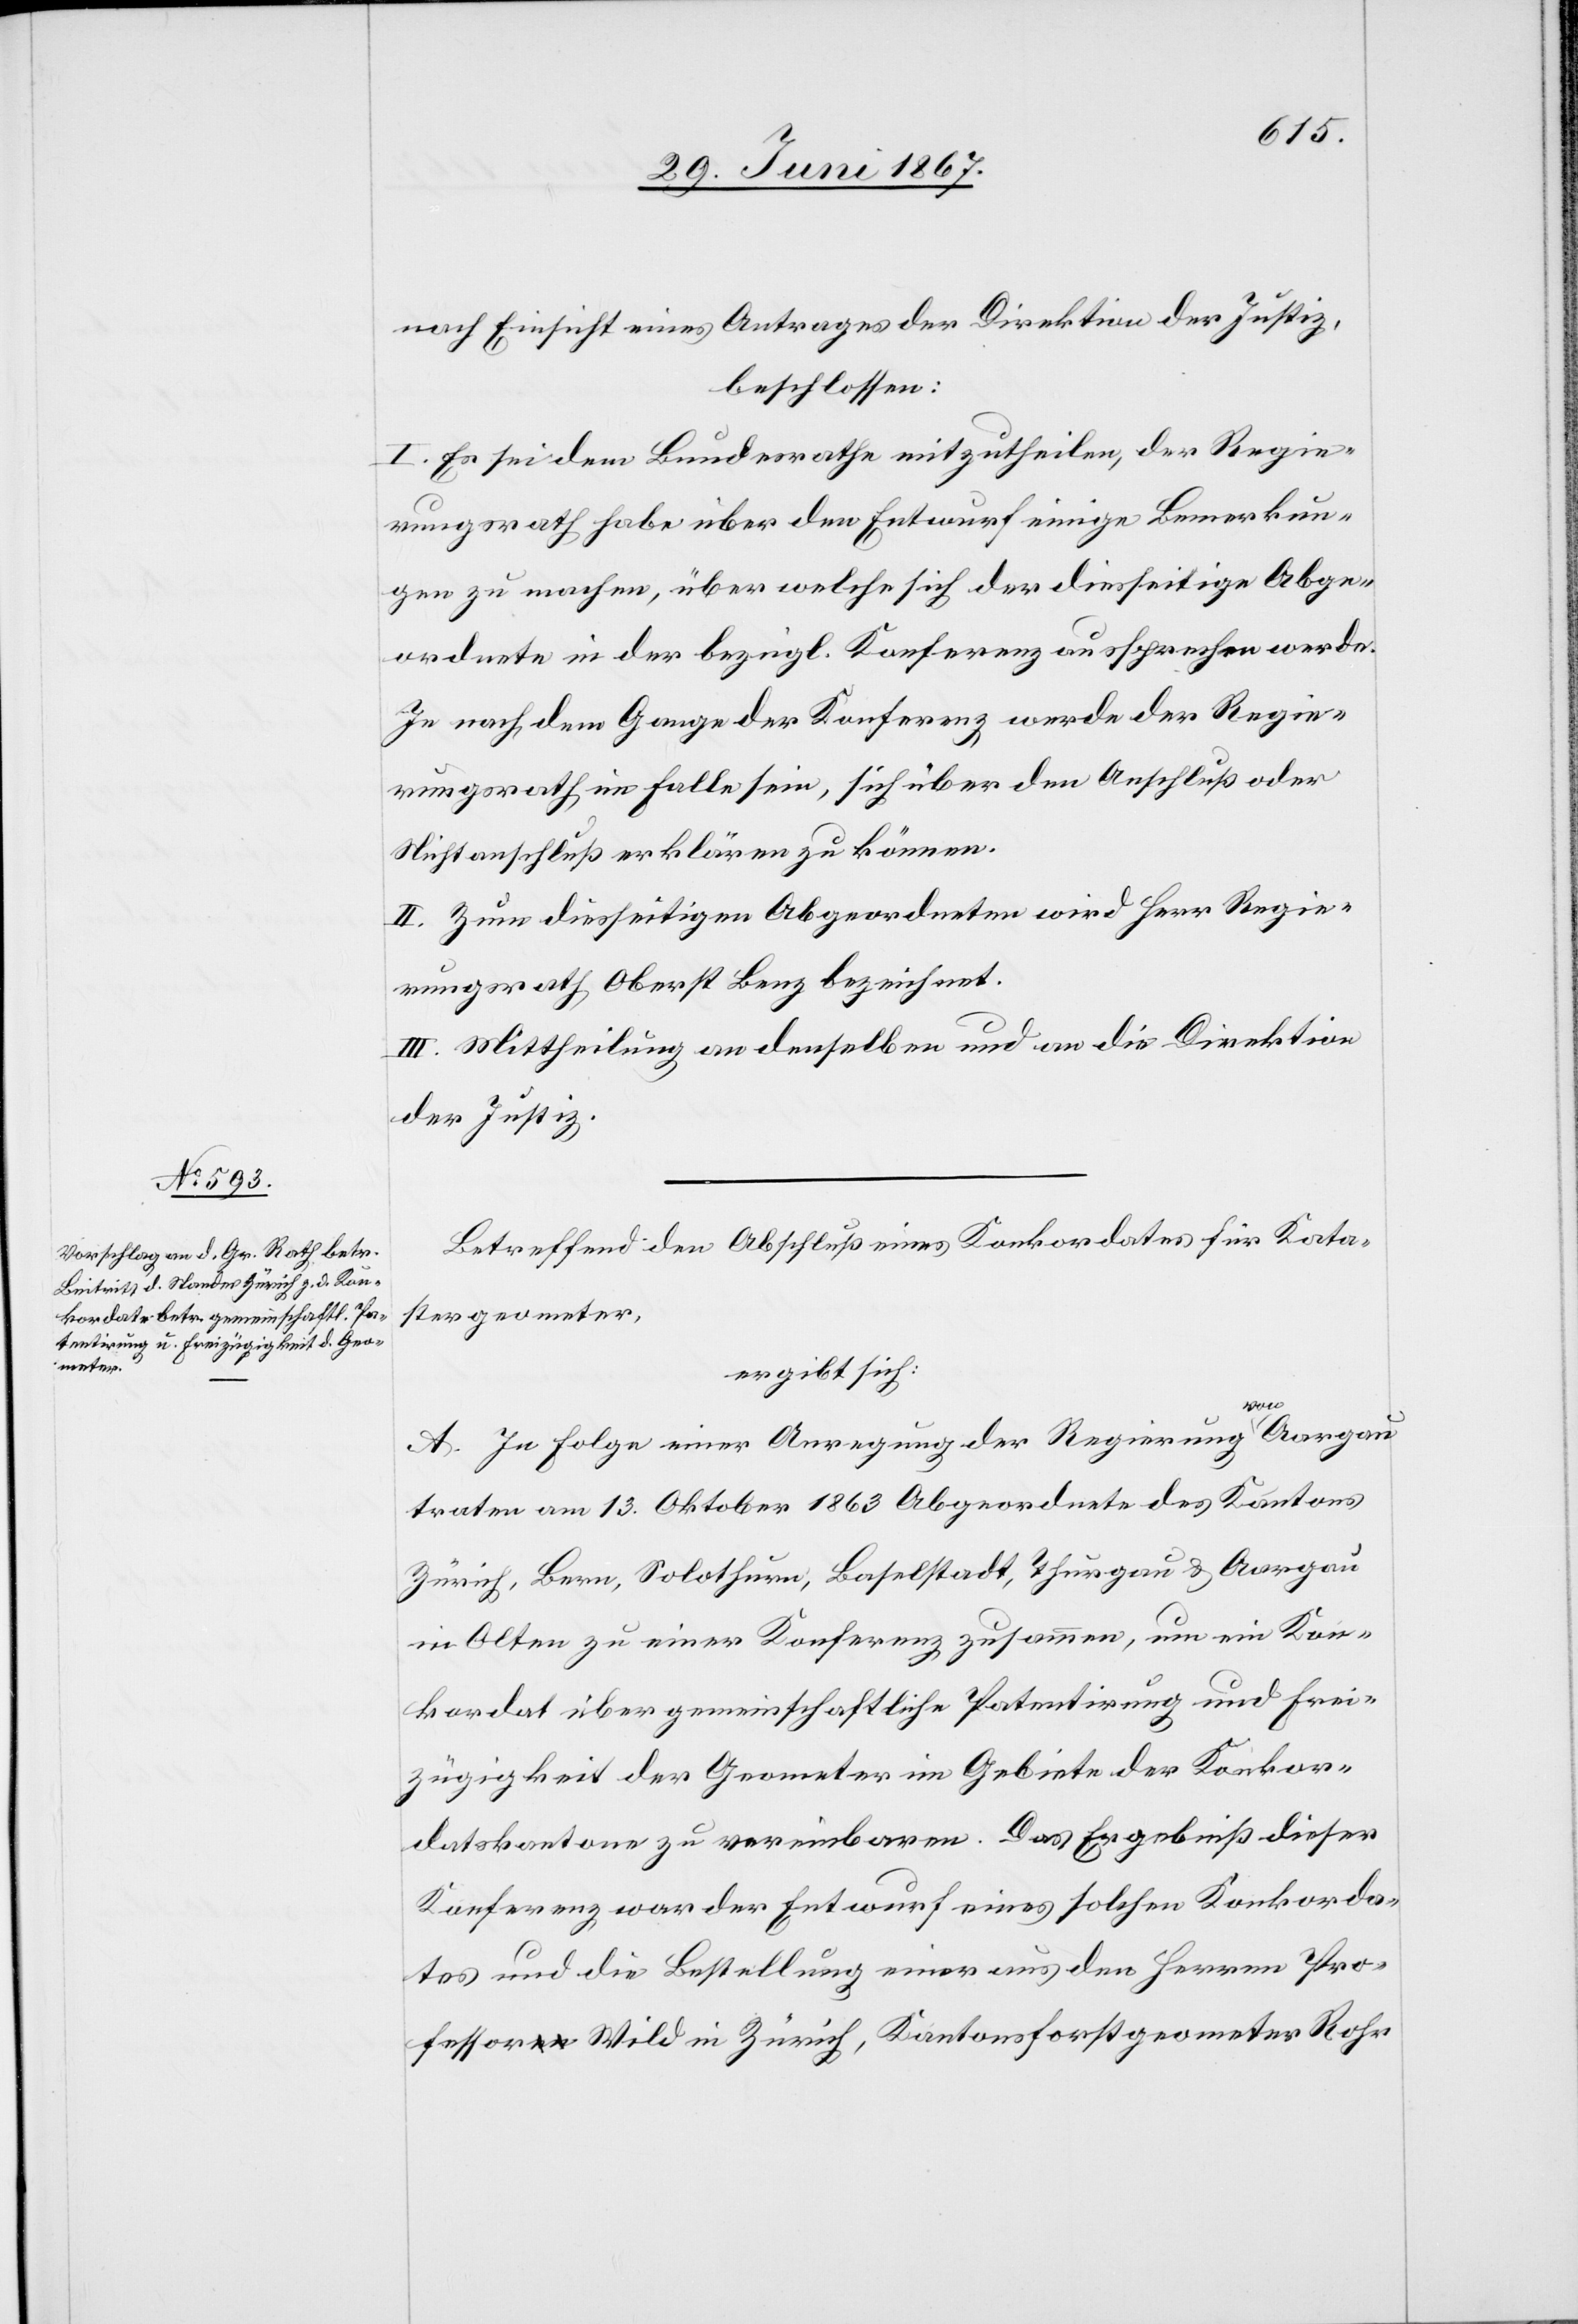
nach Einsicht eines Antrages der Direktion der Justiz,
beschlossen:
I. Es sei dem Bundesrathe mitzutheilen, der Regie¬
rungsrath habe über den Entwurf einige Bemerkun¬
gen zu machen, über welche sich der diesseitige Abge¬
ordnete in der bezügl. Konferenz aussprechen werde.
Je nach dem Gange der Konferenz werde der Regie¬
rungsrath im Falle sein, sich über den Anschluß oder
Nichtanschluß erklären zu können.
II. Zu diesseitigen Abgeordneten wird Herr Regie¬
rungsrath Oberst Benz bezeichnet.
III. Mittheilung an denselben und an die Direktion
der Justiz.
Betreffend den Abschluß eines Konkordates für Kata¬
stergeometer,
ergibt sich:
A. In Folge einer Anregung der Regierung von Aargau
traten am 13. Oktober 1863 Abgeordnete des Kantons
Zürich, Solothurn, Baselstadt, Thurgau u. Aargau
in Olten zu einer Konferenz zusammen, um ein Kon¬
kordat über gemeinschaftliche Patentierung und Frei¬
zügigkeit der Geometer im Gebiete der Konkor¬
datskantone zu vereinbaren. Das Ergebniß dieser
Konferenz war der Entwurf eines solchen Konkorda¬
tes und die Bestellung einer aus den Herren Pro¬
fessor Wild in Zürich, Kantonsforstgeometer Rohr